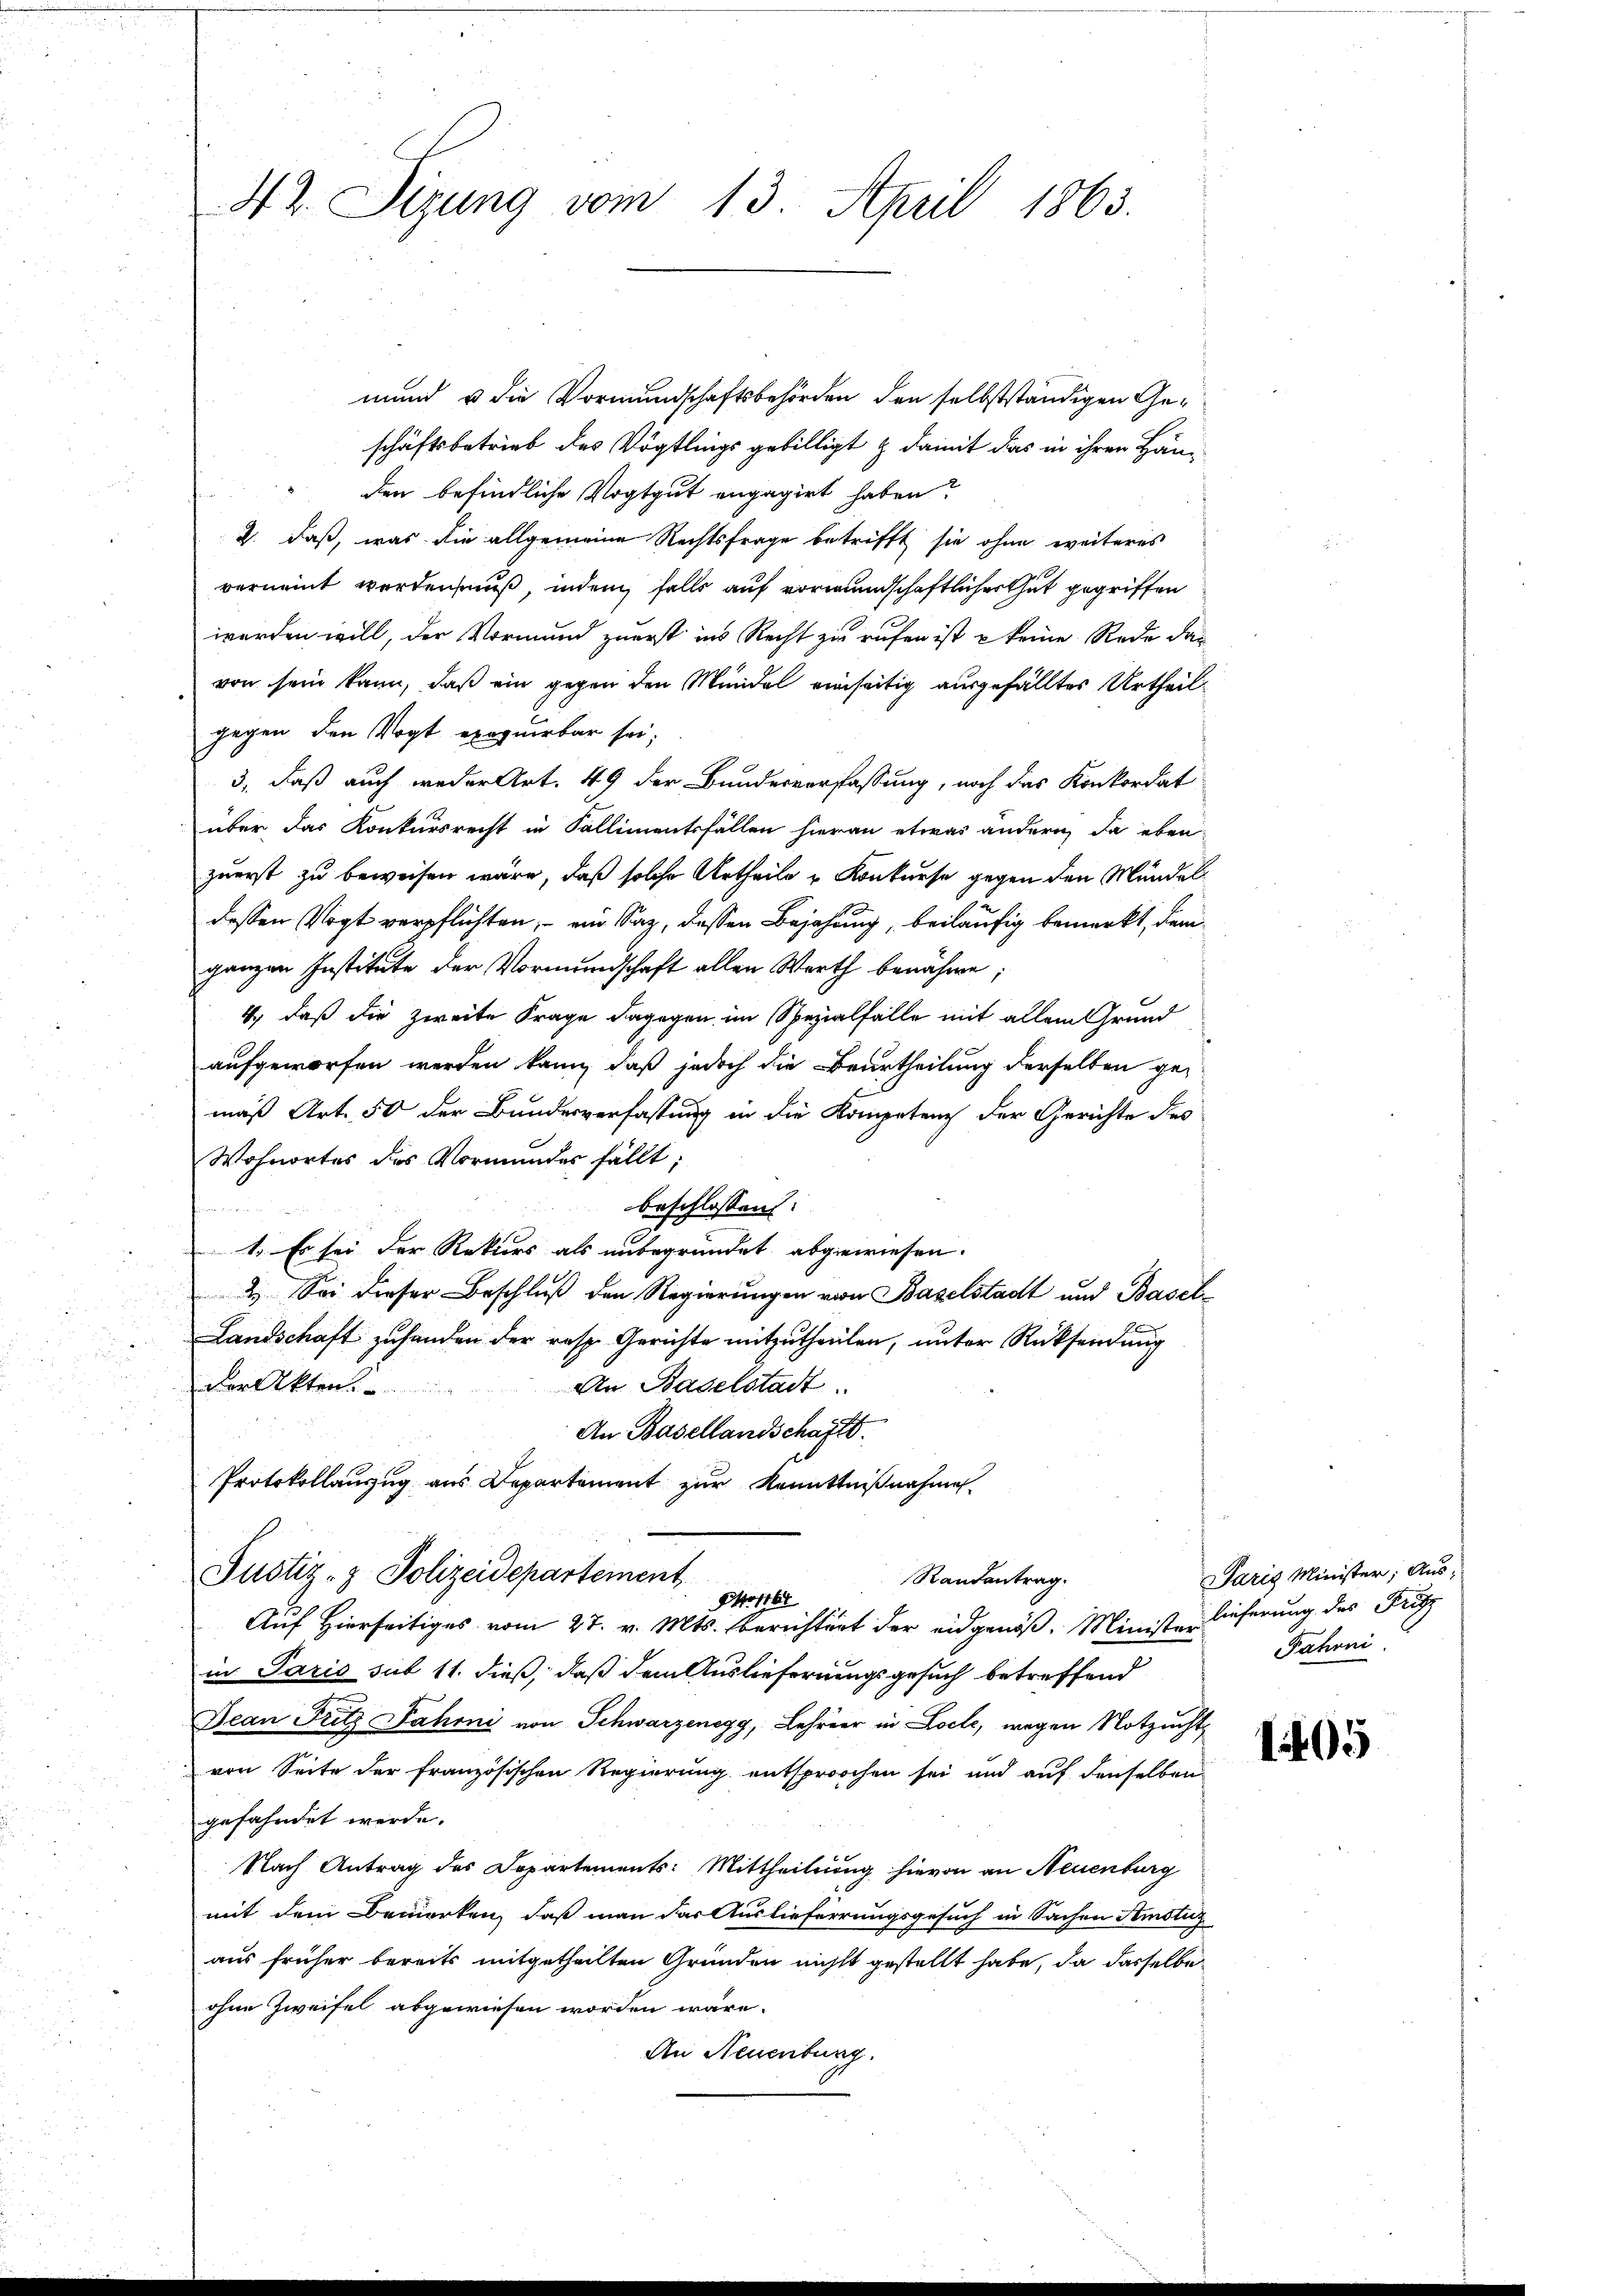
42. Sizung vom 13. April 1863.

mund u die Vormundschaftsbehörden, den selbstständigen Geschäftsbetrieb des Vögtlings gebilligt & damit das in ihren Hän-
den befindliche Vogtgut engagirt haben?
2. daß, was die allgemeine Rechtsfrage betrifft sie ohne weiteres
verneint werden muß, indem falls auf vormundschaftlicher thut gegriffen
worden will, der Vormund zuerst ins Recht zu rufen ist, u keine Rede das
von sein kann, daß ein gegen den Mündel einseitig ausgefälltes Urtheilgegen den Vogt exequirbar sei,
3, daß auch weder Art. 49 der Bundesverfassung, noch das Konkordat
über das Konkursrecht in Fallimentsfällen hieran etwas ändern, da eben
zuerst zu beweisen wäre, daß solche Urtheile u Konkurse gegen den Mündel
dessen Vogt verpflichten, – ein Saz, dessen Bejahung, beiläufig bemerkt, dem
ganzen Institute der Vormundschaft allen Werth benähme;
4.) daß die zweite Frage dagegen im Spezialfalle mit allem Grund
aufgeworfen werden kann, daß jedoch die Beurtheilung derselben gemäß Art. 50 der Bundesverfassung in die Kompetenz der Gerichte des
Wohnortes des Vormundes fällt;
beschlossen:
1. Es sei der Rekurs als unbegründet abgewiesen.
2. Sei dieser Beschlŭβ den Regierŭngen von Baselstadt und Basel¬
Landschaft zu handen der resp. Gerichte mitzutheilen, unter Rücksendung
der Akten.
An Baselstadt.
An Basellandschaft.
Protokollauszug aus Departement zur Kenntnißnahme
Justiz- & Polizeidepartement
Randantrag.
Ao 1761
Auf Hierseitiges vom 27. v. Mts. berichtert der eidgenöß. Ministe lieferung des Fritz
in Paris sub 11. dieß, daß dem Auslieferungsgesuch betreffend
Jean Fritz Fahrni von Schwarzenegg, Lehrer in Loele, wegen Notzucht,
von Seite der französischen Regierung entsprochen sei und auf denselben
gefahndet werde.
Nach Antrag des Departements: Mittheilung hievon an Neuenburg
mit dem Bemerken, daß man das Auslieferrungsgesuch in Sachen Amstiz
aus früher bereits mitgetheilten Gründen nichtt gestellt habe, da dasselbe
ohne Zweifel abgewiesen worden wäre.
An Neuenburg.

Paris Minister; Aus-
Fahrni

1405